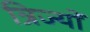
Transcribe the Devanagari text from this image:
त्रिज्यों